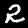
Digit: 2